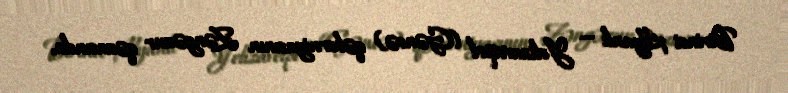
Birinci Alyanlı — Yelizavetpol (Gəncə) qəberniyasının Zəngəzur qəzasında,